65_HS1-834228961_62-HQ-83894_Section_10
Agency: FBI
Page 100
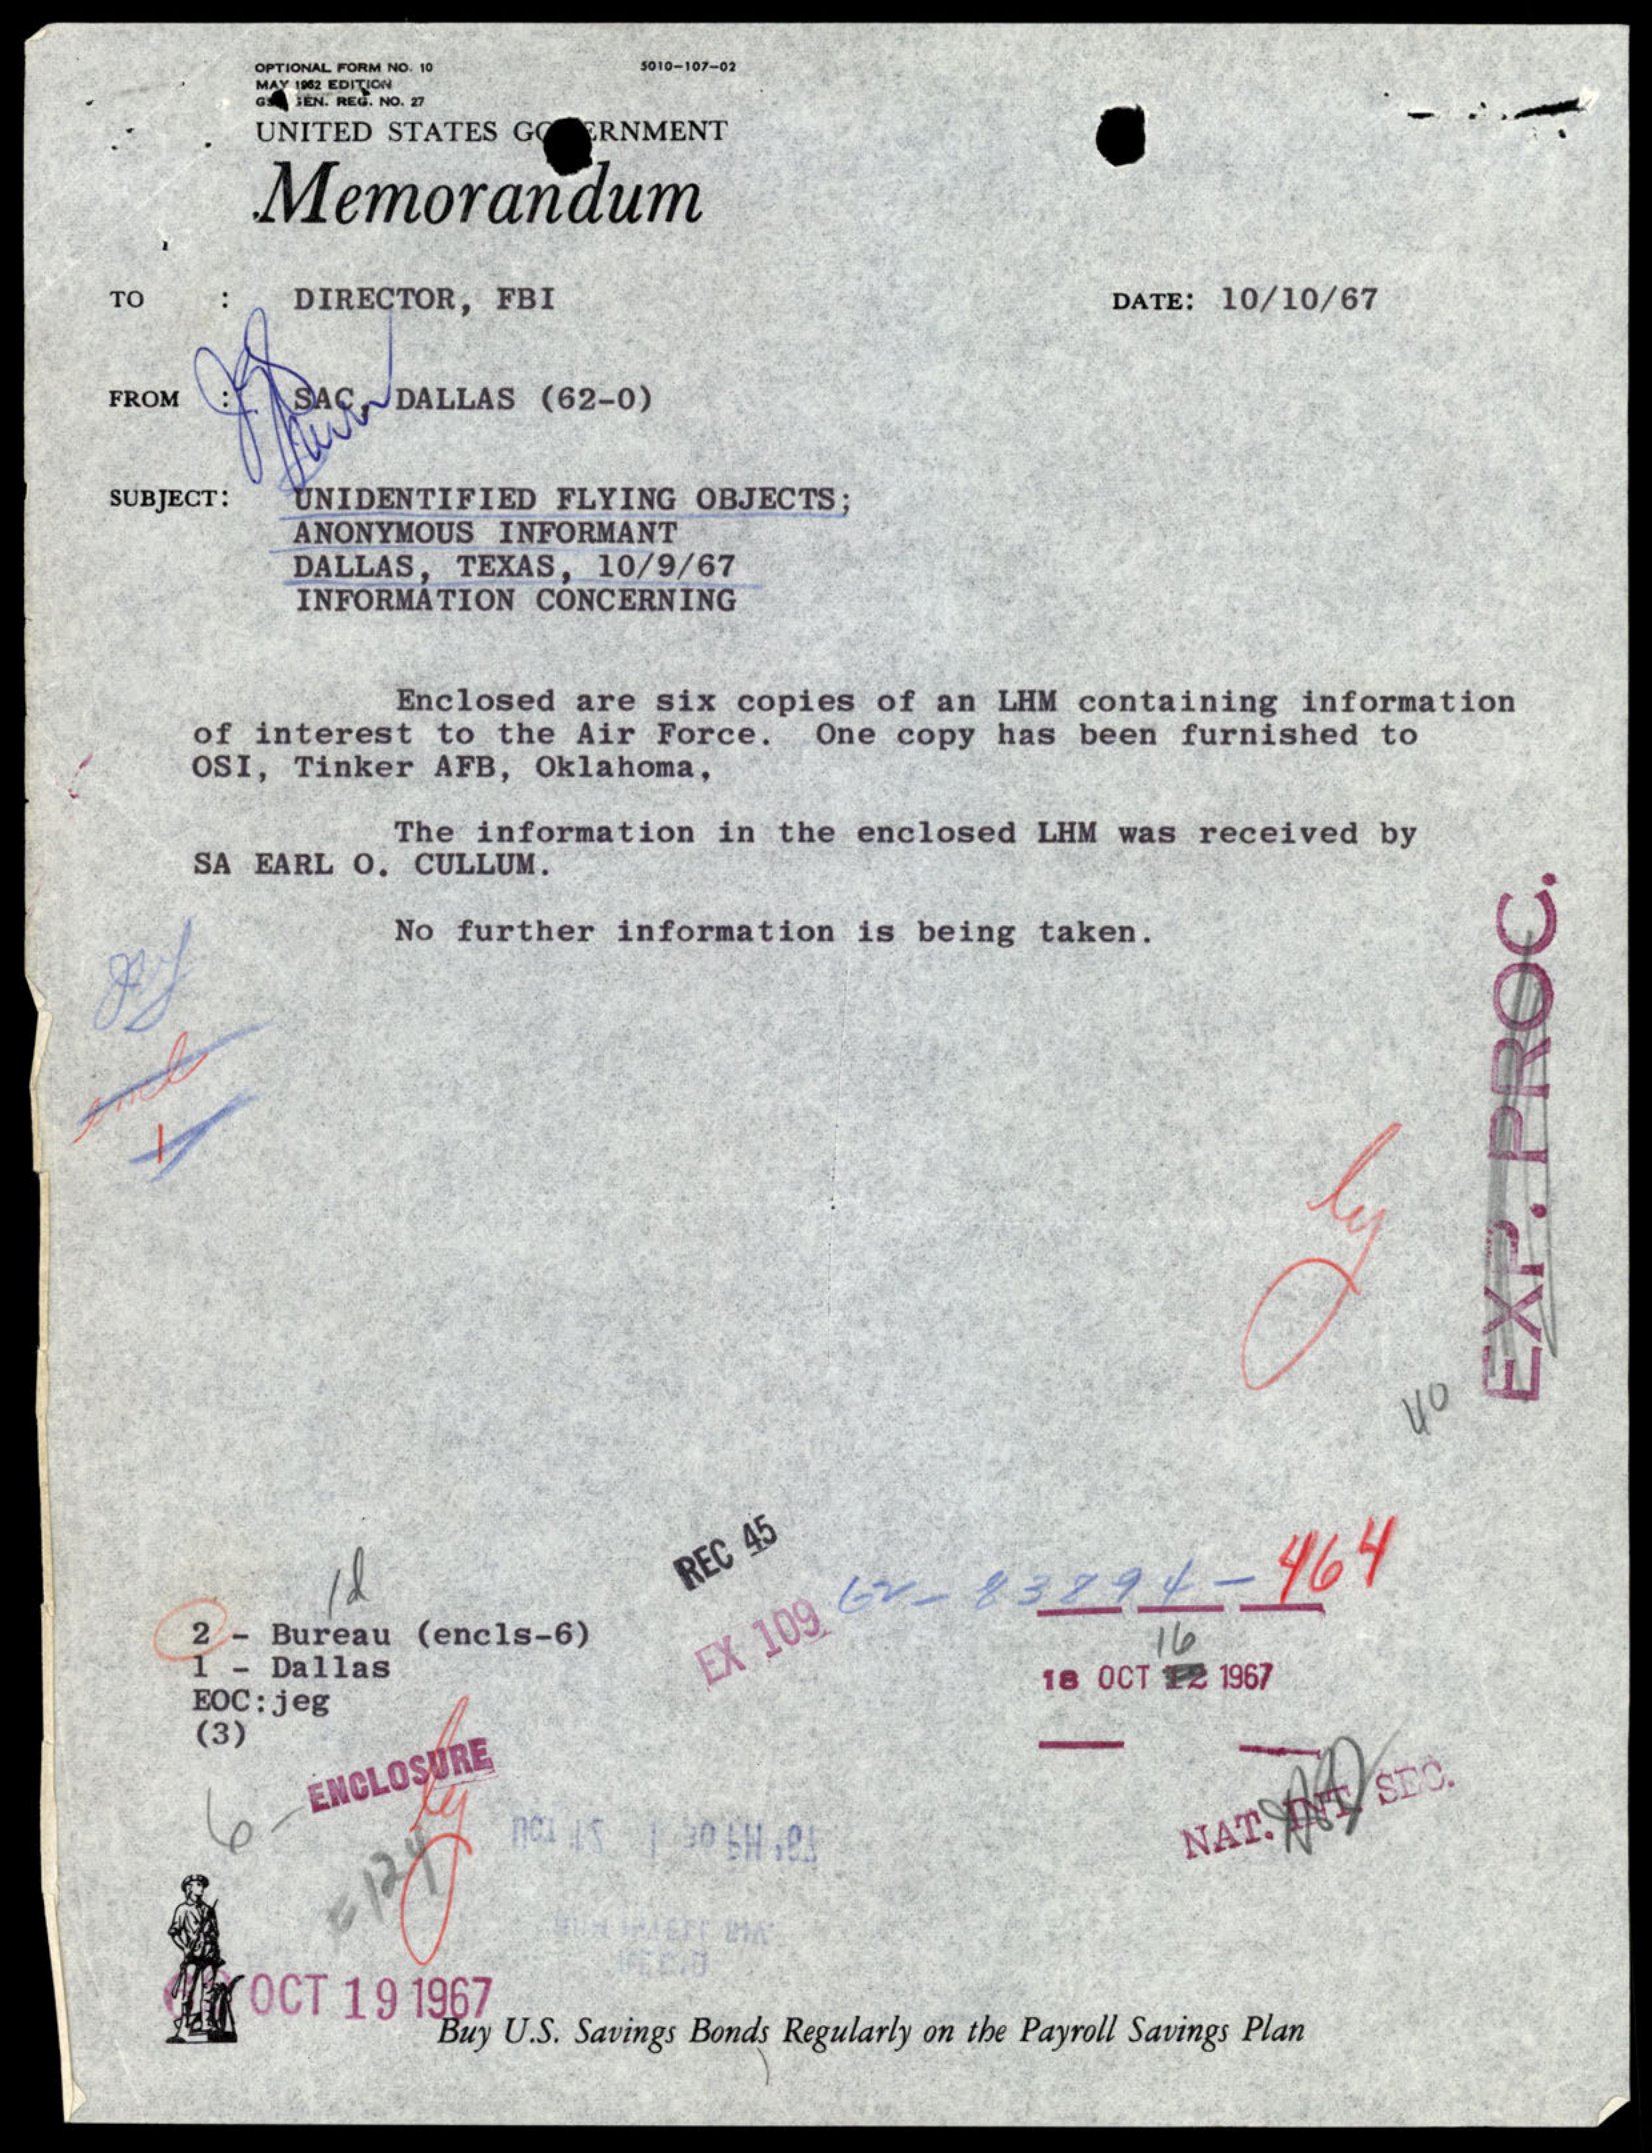